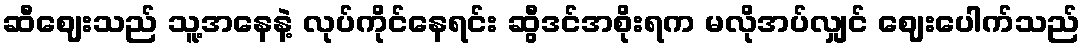
ဆီဈေးသည် သူ့အနေနဲ့ လုပ်ကိုင်နေရင်း ဆွီဒင်အစိုးရက မလိုအပ်လျှင် ဈေးပေါက်သည်